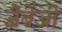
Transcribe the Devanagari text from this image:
जैबेंजी